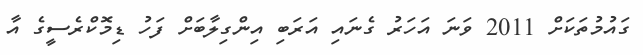
ގައުމުތަކަށް 2011 ވަނަ އަހަރު ގެނައި އަރަބި އިންގިލާބަށް ފަހު ޑިމޮކްރެސީގެ އާ